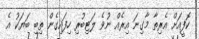
ކޮފީއަށް އެރިތާ މާގިނަ އިރެއް ނުވެ ލަޓިބުރި ހިފައިގެން ތިބި ބަޔަކު އެ